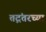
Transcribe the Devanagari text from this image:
तद्नंतरच्या